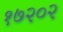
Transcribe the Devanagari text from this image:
१७२०२